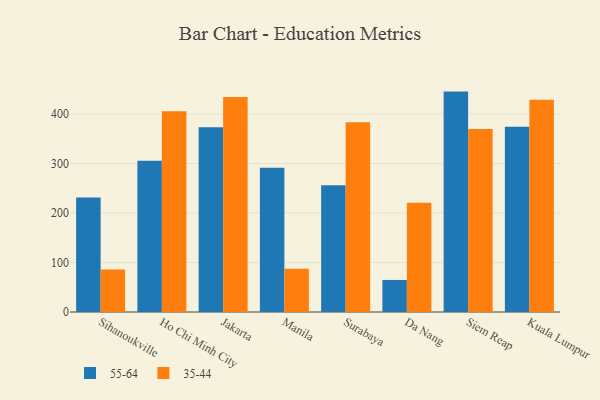
{"axis": {"x": "City", "y": "Market Share (%)"}, "legend": ["35-44", "55-64"], "data": [{"x": "Sihanoukville", "y": 231.1, "type": "55-64"}, {"x": "Sihanoukville", "y": 85.9, "type": "35-44"}, {"x": "Ho Chi Minh City", "y": 305.6, "type": "55-64"}, {"x": "Ho Chi Minh City", "y": 405.2, "type": "35-44"}, {"x": "Jakarta", "y": 373.2, "type": "55-64"}, {"x": "Jakarta", "y": 434.1, "type": "35-44"}, {"x": "Manila", "y": 291.2, "type": "55-64"}, {"x": "Manila", "y": 87.5, "type": "35-44"}, {"x": "Surabaya", "y": 255.8, "type": "55-64"}, {"x": "Surabaya", "y": 383.2, "type": "35-44"}, {"x": "Da Nang", "y": 64.7, "type": "55-64"}, {"x": "Da Nang", "y": 220.8, "type": "35-44"}, {"x": "Siem Reap", "y": 445.1, "type": "55-64"}, {"x": "Siem Reap", "y": 369.6, "type": "35-44"}, {"x": "Kuala Lumpur", "y": 374.1, "type": "55-64"}, {"x": "Kuala Lumpur", "y": 428.6, "type": "35-44"}]}